Memorandum on the prevention of leprosy by segregation of the affected
Disease focus: Leprosy
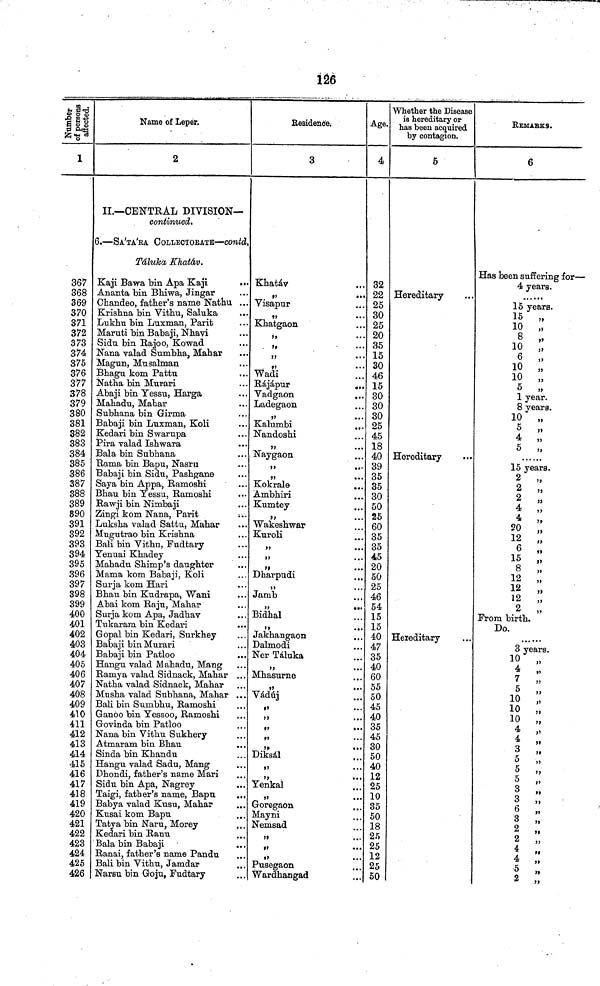
126
Number of persons affected.
1
367
368
369
370
371
372
373
374
375
376
377
378
379
380
381
382
383
384
385
386
387
388
389
890
391
392
393
394
395
396
397
398
399
400
401
402
403
404
405
406
407
408
409
410
411
412
413
414
415
416
417
418
419
420
421
422
423
424
425
426
Name of Leper.
2
II.—CENTRAL DIVISION—
continued.
6.—SA'TA'RA COLLECTORATE—Contd.
Táluka Khatáv.
Kaji Bawa bin Apa Kaji
...
Ananta bin Bhiwa, Jingar
Chandeo, father's name Nathu ...
Krishna bin Vithu, Saluka
Lukhu bin Luxman, Parit
Maruti bin Babaji, Nhavi
Sidu bin Rajoo, Kowad
Nana valad Sumbha, Mahar
Magun, Musalman
Bhagu kom Pattu
Natha bin Murari
Abaji bin Yessu, Harga
Mahadu, Mahar
Subhana bin Girma
Babaji bin Luxman, Koli
Kedari bin Swarupa
Pira valad Ishwara
•••
Bala bin Subhana
Rama bin Bapu, Nasru
Babaji bin Sidu, Pashgane
Saya bin Appa, Ramoshi
Bhau bin Yessu, Ramoshi
Rawji bin Nimbaji
Zingi kom Nana, Parit
...
Luksha valad Sattu, Mahar
Mugutrao bin Krishna
Bali bin Vithu, Fudtary
Yenuai Khadey
Mahadu Shimp's daughter
Mama kom Babaji, Koli
Surja kom Hari
Bhau bin Kudrapa, Wani
Abai kom Raju, Mahar
Surja kom Apa, Jadhav
Tukaram bin Kedari
Gopal bin Kedari, Surkhey
Babaji bin Murari
Babaji bin Patloo
Hangu valad Mahadu, Mang
Ramya valad Sidnack, Mahar ...
Natha valad Sidnack, Mahar
Musha valad Subhana, Mahar ...
Bali bin Sumbhu, Ramoshi
Ganoo bin Yessoo, Ramoshi
Govinda bin Patloo
Nana bin Vithu Sukhery
Atmaram bin Bhau
Sinda bin Khandu
Hangu valad Sadu, Mang
Dhondi, father's name Mari
Sidu bin Apa, Nagrey
Taigi, father's name, Bapu
Babya valad Kusu, Mahar
Kusai kom Bapu
...
Tatya bin Naru, Morey
Kedari bin Ranu
Bala bin Babaji
Ranai, father's name Pandu
Bali bin Vithu, Jamdar
Narsu bin Goju, Fudtary
Residence.
3
Khatáv
,,
••
Visapur
,,
•• •
Khatgaon
,,
...
. ,,
,,
...
,,
...
Wadi
Rájápur
...
Vadgaon
...
Ladegaon
,,
..•
Kalumbi
Nandoshi
,,
...
Naygaon
,,
..
,,
•••
Kokrale
Ambhiri
Kumtey
,,
Wakeshwar
Kuroli
,,
...
,,
...
Dharpudi
,,
...
Jamb
,,
•••
Bidhal
,,
...
Jakhangaon
Dalmodi
Ner Táluka
,,
Mhasurne
...
,,
••
Vádúj
,,
,,
...
,,
•••
,,
Diksál
,,
,,
•••
Yenkal
,,
...
Goregaon
Mayni
Nemsad
,,
...
,,
...
,,
...
Pusegaon
Wardhangad
Age.
4
32
22
25
30
25
20
35
15
30
46
15
30
30
30
25
45
18
40
39
35
35
30
50
25
60
35
35
45
20
50
25
46
54
15
15
40
47
35
40
60
55
50
45
40
35
45
30
50
40
12
25
10
35
50
18
25
25
12
25
50
Whether the Disease
is hereditary or
has been acquired
by contagion.
6
Hereditary
Hereditary
Hereditary
REMARKS.
6
Has been suffering for—
4 years.
. . ..
15 years.
15 „
10 „
8
,,
10
,,
6 „
10 „
10 „
5 ,,
1 year.
8 years.
10 „
5 „
4 „
5 „
15 years.
2
„
2
„
2
„
4
„
4
,,
20
,,
12 „
6 „
15 „
8 „
12 „
12 „
12
„
2
„
From birth.
Do.
3 years.
10 „
4 „
7
„
5 „
10 „
10 „
10 ,,
4
,
4 „
3
5
,,
5 „
5 „
3 „
3 „
6 „
3 „
2 „
2 „
4
4 „
5
2 „